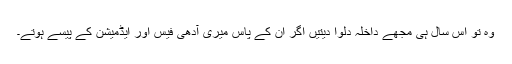
وہ تو اس سال ہی مجھے داخلہ دلوا دیتیں اگر ان کے پاس میری آدھی فیس اور ایڈمیشن کے پیسے ہوتے۔